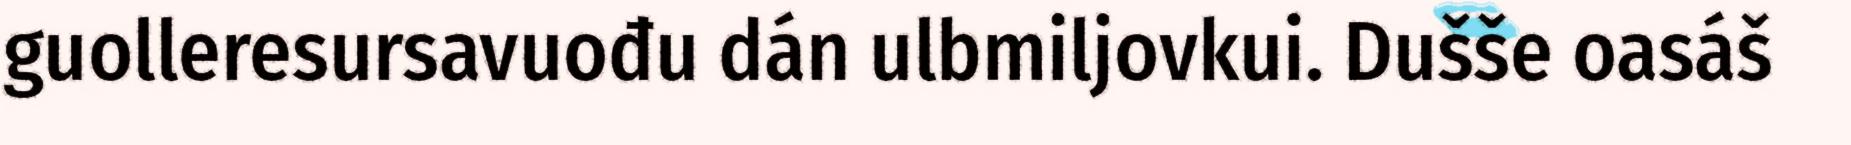
guolleresursavuođu dán ulbmiljovkui. Dušše oasáš